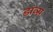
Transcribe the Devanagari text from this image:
डाव्स